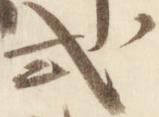
式